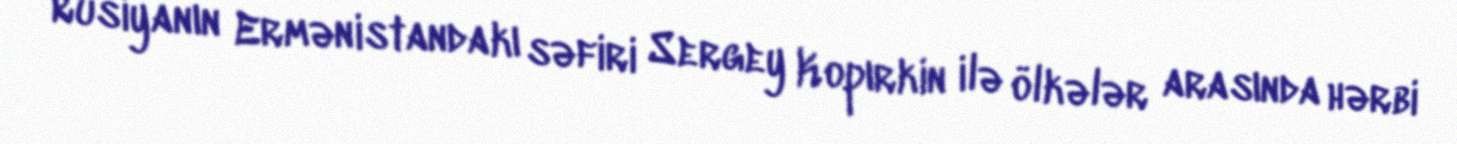
Rusiyanın Ermənistandakı səfiri Sergey Kopırkin ilə ölkələr arasında hərbi